Report on the working of the Ranchi Indian Mental Hospital, Kanke, in Bihar and Orissa - 1930-1940
Year: 1930
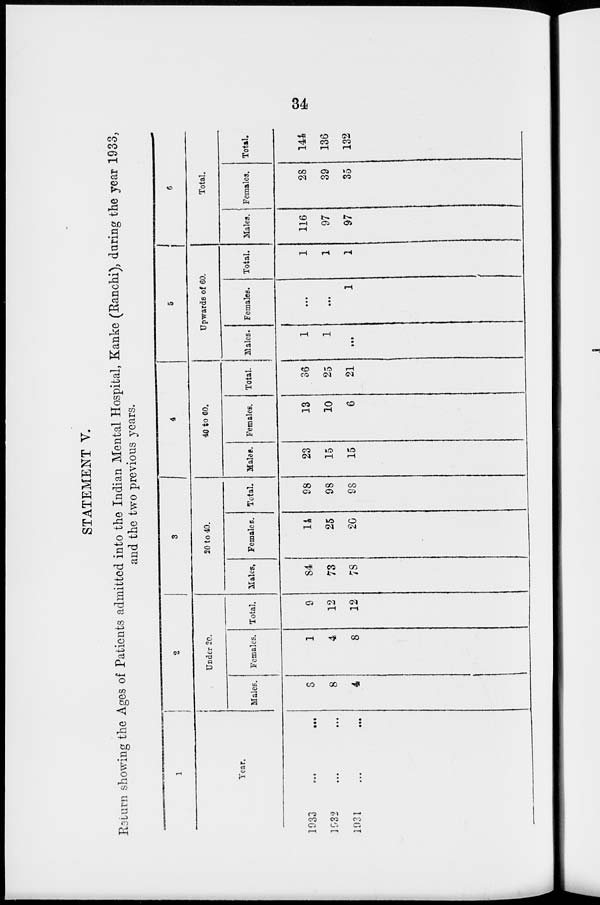
34
STATEMENT V.
Return showing the Ages of Patients admitted into the Indian Mental Hospital, Kanke (Ranchi), during the year 1933,
and the two previous years.
1
Year.
1933
...
...
1932
...
...
1931 ... ...
2
Under 20.
Males.
8
8
4
Females.
1
4
8
Total.
9
12
12
3
20 to 40.
Males.
84
73
78
Females.
14
25
20
Total.
98
98
98
4
40 to 60.
Males.
23
15
15
Females.
13
10
6
Total.
36
25
21
5
Upwards of 60.
Males.
1
1
...
Females.
...
...
1
Total.
1
1
1
6
Total.
Males.
116
97
97
Females.
28
39
35
Total.
144
136
132